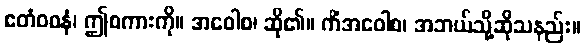
ဧတံဝစနံ၊ ဤစကားကို။ အဝေါစ၊ ဆို၏။ ကိံအဝေါစ၊ အဘယ်သို့ဆိုသနည်း။